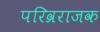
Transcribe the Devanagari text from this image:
परिव्रराजक